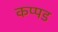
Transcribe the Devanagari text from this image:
कप्पड